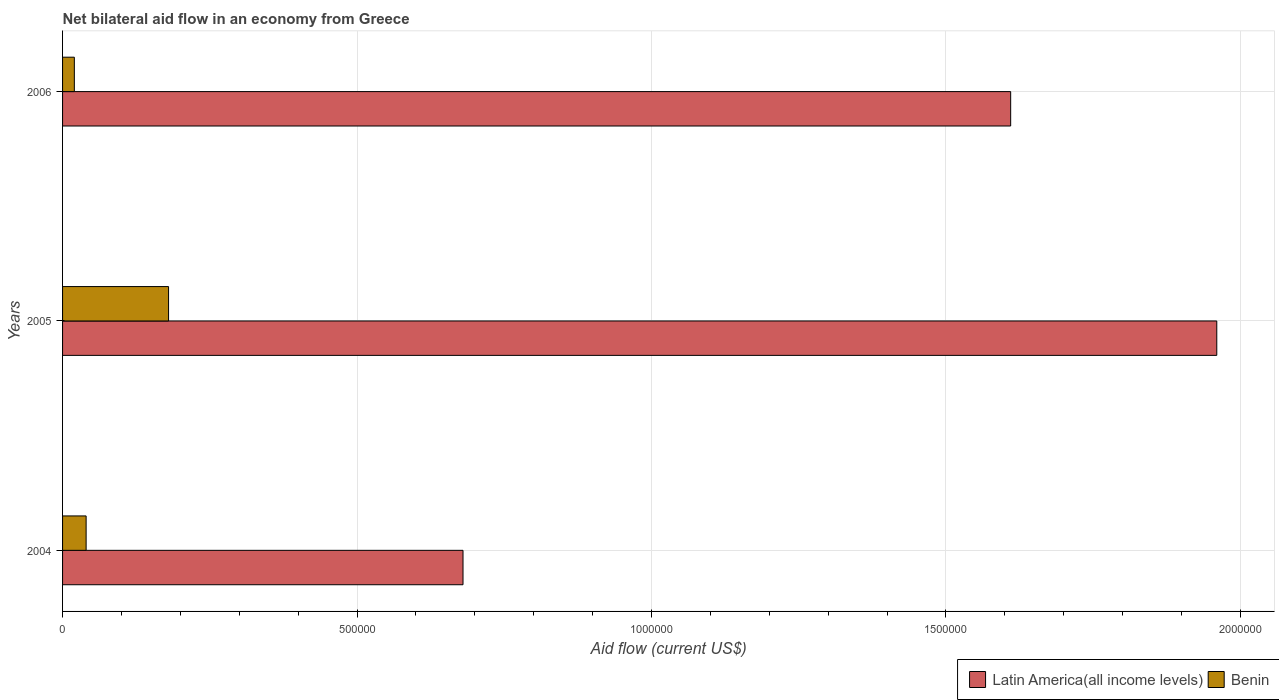
| Years | Latin America(all income levels) | Benin |
 | --- | --- | --- |
 | 2004 | 6.8e+05 | 4e+04 |
 | 2005 | 1.96e+06 | 1.8e+05 |
 | 2006 | 1.61e+06 | 2e+04 |